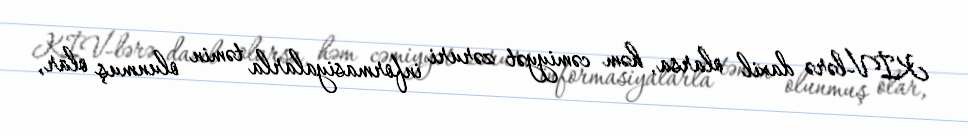
KİV-lərə daxil olarsa, həm cəmiyyət zəruri informasiyalarla təmin olunmuş olar,